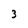
Character: 3